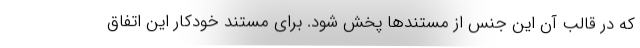
که در قالب آن این جنس از مستندها پخش شود. برای مستند خودکار این اتفاق